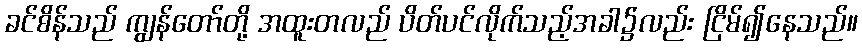
ခင်စိန်သည် ကျွန်တော်တို့ အထူးတလည် ပိတ်ပင်လိုက်သည့်အခါ၌လည်း ငြိမ်၍နေသည်။